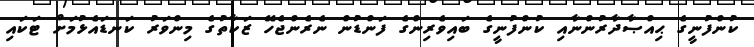
ކުންފުނީގެ ޙިއްޞާދާރުންނާއި ކުންފުނީގެ ބައިވެރިންގެ ފަންޑުން ނެރެންޖެހޭ ޒަކާތުގެ މިންވަރު ކަނޑައެޅުމަށް ޓަކައި